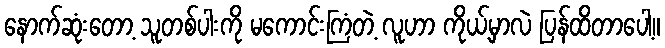
နောက်ဆုံးတော့ သူတစ်ပါးကို မကောင်းကြံတဲ့ လူဟာ ကိုယ့်မှာလဲ ပြန်ထိတာပေါ့။